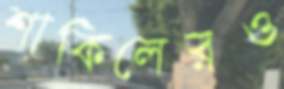
শাকিলেরও